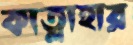
কাত্লাহার